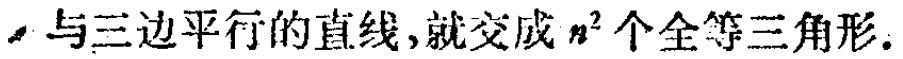
与三边平行的直线,就交成 \(n^{2}\) 个全等三角形.